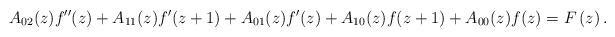
LaTeX: \begin{align*}A_{02}(z)f^{\prime \prime }(z)+A_{11}(z)f^{\prime }(z+1)+A_{01}(z)f^{\prime}(z)+A_{10}(z)f(z+1)+A_{00}(z)f(z)=F\left( z\right) . \end{align*}